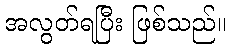
အလွတ်ရပြီး ဖြစ်သည်။